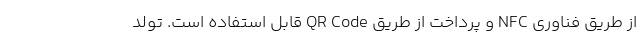
از طریق فناوری NFC و پرداخت از طریق QR Code قابل استفاده است. تولد